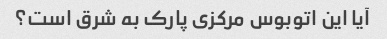
آیا این اتوبوس مرکزی پارک به شرق است؟